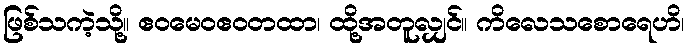
ဖြစ်သကဲ့သို့။ ဧဝမေဝဧဝတထာ၊ ထို့အတူလျှင်။ ကိလေသစောရေဟိ၊